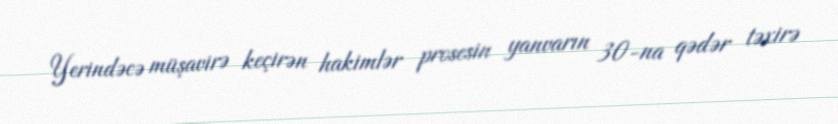
Yerindəcə müşavirə keçirən hakimlər prosesin yanvarın 30-na qədər təxirə